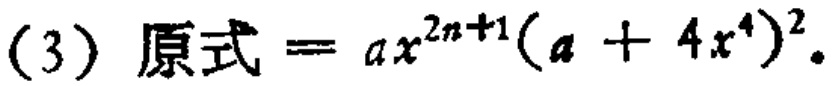
(3) 原式 = \(ax^{2n + 1}(a + 4x^{4})^{2}\)